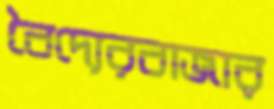
বৈদ্যেরবাজার